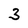
Character: 3